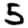
Digit: 5